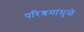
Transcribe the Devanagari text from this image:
परिश्रमांमुळे